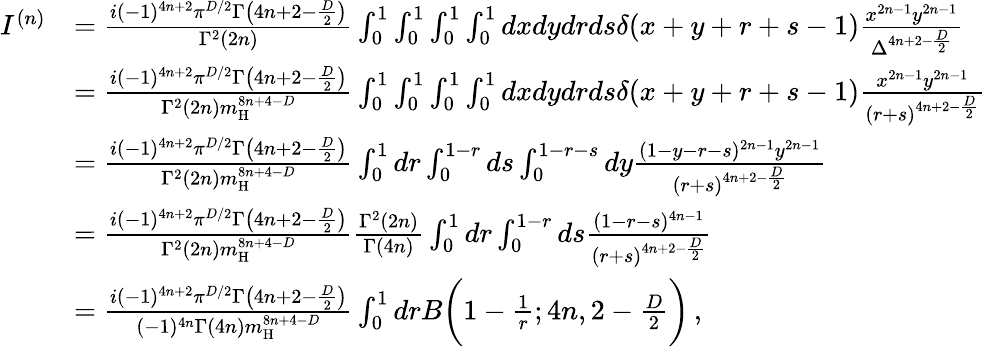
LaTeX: \begin{array}{rl}{I^{(n)}}&{=\frac{i(-1)^{4n+2}\pi^{D/2}\Gamma\big(4n+2-\frac{D}{2}\big)}{\Gamma^{2}(2n)}\int_{0}^{1}\int_{0}^{1}\int_{0}^{1}\int_{0}^{1}dxdydrds\delta(x+y+r+s-1)\frac{x^{2n-1}y^{2n-1}}{\Delta^{4n+2-\frac{D}{2}}}}\\ &{=\frac{i(-1)^{4n+2}\pi^{D/2}\Gamma\big(4n+2-\frac{D}{2}\big)}{\Gamma^{2}(2n)m_{\mathrm{H}}^{8n+4-D}}\int_{0}^{1}\int_{0}^{1}\int_{0}^{1}\int_{0}^{1}dxdydrds\delta(x+y+r+s-1)\frac{x^{2n-1}y^{2n-1}}{(r+s)^{4n+2-\frac{D}{2}}}}\\ &{=\frac{i(-1)^{4n+2}\pi^{D/2}\Gamma\big(4n+2-\frac{D}{2}\big)}{\Gamma^{2}(2n)m_{\mathrm{H}}^{8n+4-D}}\int_{0}^{1}dr\int_{0}^{1-r}ds\int_{0}^{1-r-s}dy\frac{(1-y-r-s)^{2n-1}y^{2n-1}}{(r+s)^{4n+2-\frac{D}{2}}}}\\ &{=\frac{i(-1)^{4n+2}\pi^{D/2}\Gamma\big(4n+2-\frac{D}{2}\big)}{\Gamma^{2}(2n)m_{\mathrm{H}}^{8n+4-D}}\frac{\Gamma^{2}(2n)}{\Gamma(4n)}\int_{0}^{1}dr\int_{0}^{1-r}ds\frac{(1-r-s)^{4n-1}}{(r+s)^{4n+2-\frac{D}{2}}}}\\ &{=\frac{i(-1)^{4n+2}\pi^{D/2}\Gamma\big(4n+2-\frac{D}{2}\big)}{(-1)^{4n}\Gamma(4n)m_{\mathrm{H}}^{8n+4-D}}\int_{0}^{1}drB\bigg(1-\frac{1}{r};4n,2-\frac{D}{2}\bigg)\, ,}\end{array}